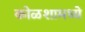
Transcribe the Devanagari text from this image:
कोळशामध्ये